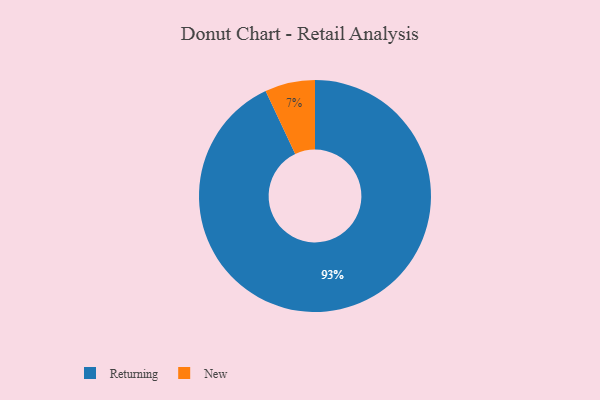
{"axis": {"x": "Category", "y": "Percentage"}, "legend": ["New", "Returning"], "data": [{"x": "New", "y": 7, "type": "New"}, {"x": "Returning", "y": 93, "type": "Returning"}]}